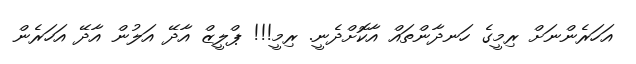
އަހަރެންނަށް ރިމީގެ ހަނދާންތައް އާކޮށްދެނީ. ރިމީ!!! ޕްލީޒް އާދޭ އަލުން އާދޭ އަހަރެން